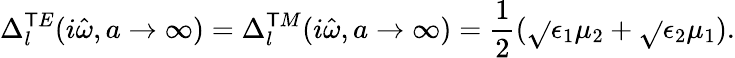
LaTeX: \Delta_{l}^{\mathsf{T}E}(i\hat{{\omega}},a\rightarrow\infty)=\Delta_{l}^{\mathsf{T}M}(i\hat{{\omega}},a\rightarrow\infty)=\frac{{1}}{{2}}(\sqrt{}{{\epsilon_{1}\mu_{2}}}+\sqrt{}{{\epsilon_{2}\mu_{1}}}).